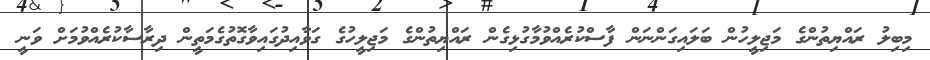
މިބިލު ރައްޔިތުންގެ މަޖިލީހުން ބަލައިގަންނަން ފާސްކުރެއްވުމާގުޅިގެން ރައްޔިތުންގެ މަޖިލީހުގެ ގަވާއިދުގައިވާގޮތުގެމަތީން ދިރާސާކުރެއްވުމަށް ވަނީ